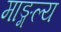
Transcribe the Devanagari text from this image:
माङ्गल्य